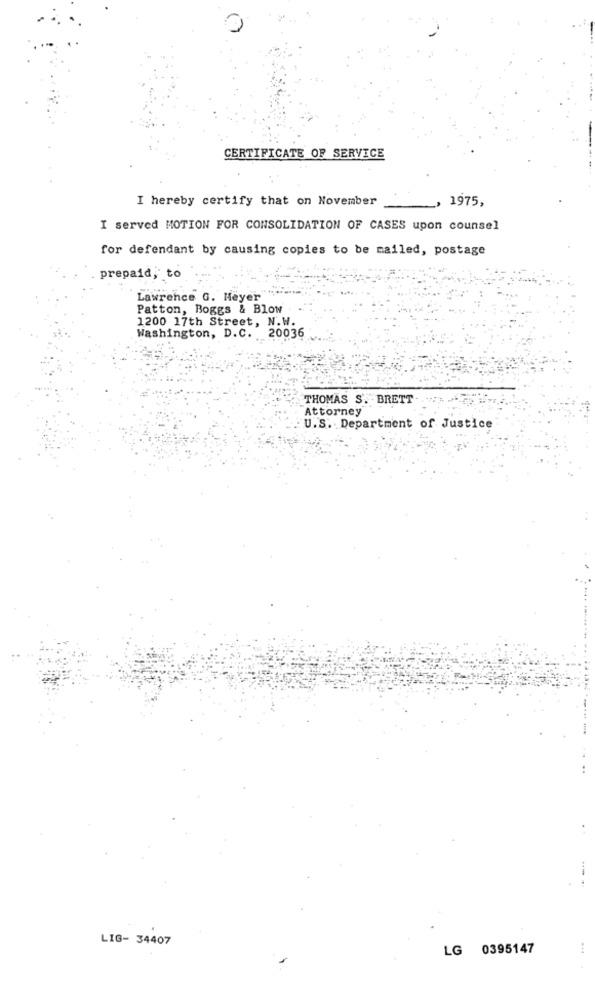
CERTIFICATE OF SERVICE
I hereby certify that on November
1975,
I served MOTION FOR CONSOLIDATION OF CASES upon counsel
for defendant by causing copies to be mailed, postage
prepaid, to
Lawrence G. Meyer
Patton, Boggs & Blow
1200 17th Street, N.W.
Washington, D.C. 20036
THOMAS S'. - BRETT
Attorney
U.S. Department of Justice
LIG- 34407
LG 0395147